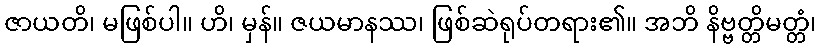
ဇာယတိ၊ မဖြစ်ပါ။ ဟိ၊ မှန်။ ဇယမာနဿ၊ ဖြစ်ဆဲရုပ်တရား၏။ အဘိ နိဗ္ဗတ္တိမတ္တံ၊